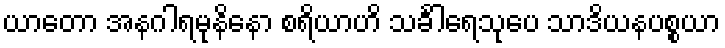
ယာတော အနဂါရမုနိနော စရိယာဟိ သင်္ခါရေသုပေ သာဒိယနပစ္စယာ